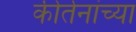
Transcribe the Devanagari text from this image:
कीर्तनांच्या